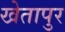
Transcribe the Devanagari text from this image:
खेतापुर